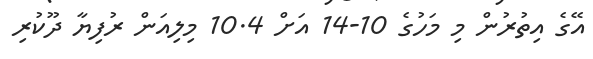
އޭގެ އިތުރުން މި މަހުގެ 10-14 އަށް 10.4 މިލިއަން ރުފިޔާ ދޫކުރި